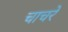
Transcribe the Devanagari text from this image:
चाचरे